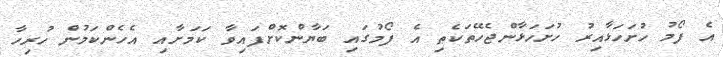
އެ ފޯމު ހުށަހަޅާއިރު ހުށަހަޅާންޖެހޭތަކެތި އެ ފޯމުގައި ބަޔާންކޮށްފައިވާ ކަމަށާއި އެހެންކަމުން ހުރިހާ